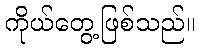
ကိုယ်တွေ့ဖြစ်သည်။